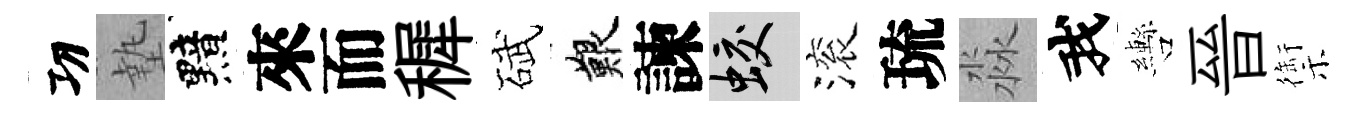
㓛墊黯來而穉碔艱諫蛟滚琉淼我轡晉禦